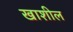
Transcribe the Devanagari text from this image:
खाशील